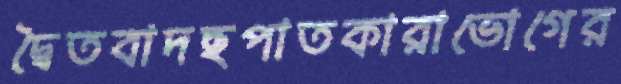
দ্বৈতবাদছপাতকারাভোগের